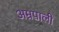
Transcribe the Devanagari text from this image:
अम्रपाली